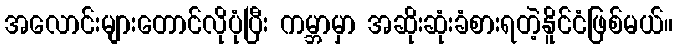
အလောင်းများတောင်လိုပုံပြီး ကမ္ဘာမှာ အဆိုးဆုံးခံစားရတဲ့နိူင်ငံဖြစ်မယ်။